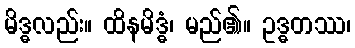
မိဒ္ဓလည်း။ ထိနမိဒ္ဓံ၊ မည်၏။ ဥဒ္ဓတဿ၊